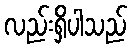
လည်းရှိပါသည်